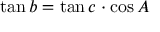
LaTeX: \tan b = \tan c \cdot \cos A